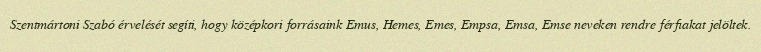
Szentmártoni Szabó érvelését segíti, hogy középkori forrásaink Emus, Hemes, Emes, Empsa, Emsa, Emse neveken rendre férfiakat jelöltek.